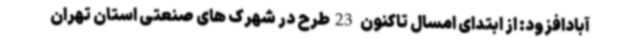
آبادافزود: از ابتدای امسال تاکنون 23طرح در شهرک های صنعتی استان تهران